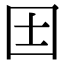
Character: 𡆮